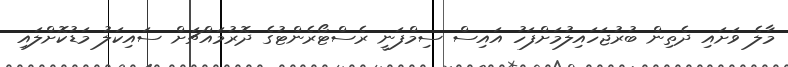
މާލެ ވަށައި ދެތިން ބުރުޖަހައިލުމަށްފަހު އައިސް ސިމްފަނީ ރެސްޓޯރެންޓުގެ ދޮރުމައްޗަށް ސައިކަލު މަޑުކޮށްލައި